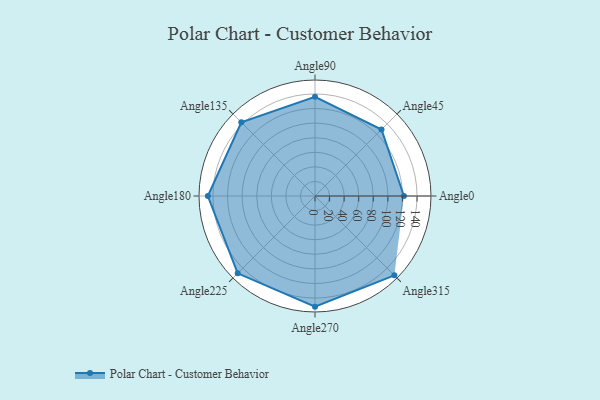
{"axis": {"x": "Angle", "y": "Radius"}, "legend": [""], "data": [{"x": "Angle0", "y": 122.0, "type": ""}, {"x": "Angle45", "y": 129.0, "type": ""}, {"x": "Angle90", "y": 136.0, "type": ""}, {"x": "Angle135", "y": 143.0, "type": ""}, {"x": "Angle180", "y": 147.0, "type": ""}, {"x": "Angle225", "y": 150.0, "type": ""}, {"x": "Angle270", "y": 152.0, "type": ""}, {"x": "Angle315", "y": 154.0, "type": ""}]}